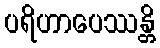
ပရိဟာပေဿန္တိ